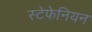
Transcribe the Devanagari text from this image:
स्टेफेनियन